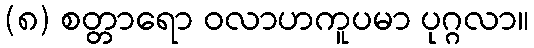
(၈) စတ္တာရော ဝလာဟကူပမာ ပုဂ္ဂလာ။